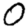
Digit: 0